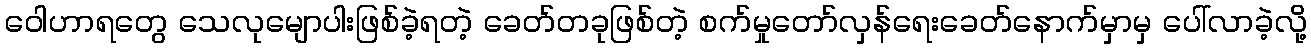
ဝေါဟာရတွေ သေလုမျောပါးဖြစ်ခဲ့ရတဲ့ ခေတ်တခုဖြစ်တဲ့ စက်မှုတော်လှန်ရေးခေတ်နောက်မှာမှ ပေါ်လာခဲ့လို့